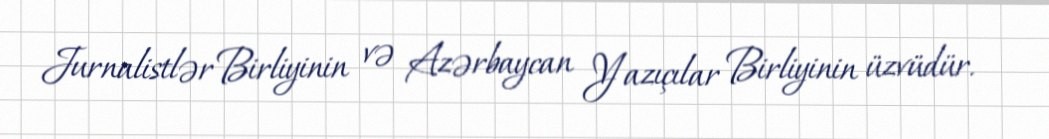
Jurnalistlər Birliyinin və Azərbaycan Yazıçılar Birliyinin üzvüdür.